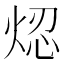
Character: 𤉃